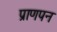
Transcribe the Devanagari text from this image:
प्राणपन